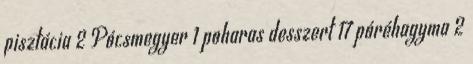
pisztácia 2 Pócsmegyer 1 poharas desszert 17 póréhagyma 2